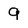
Character: g